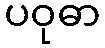
ပဝုဓာ